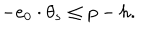
LaTeX: - e _ { 0 } \cdot \theta _ { s } \leq p - h .